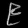
Digit: ၉